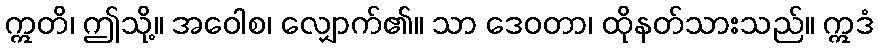
ဣတိ၊ ဤသို့။ အဝေါစ၊ လျှောက်၏။ သာ ဒေဝတာ၊ ထိုနတ်သားသည်။ ဣဒံ